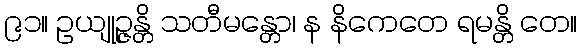
၉၁။ ဥယျုဉ္ဇန္တိ သတီမန္တော၊ န နိကေတေ ရမန္တိ တေ။